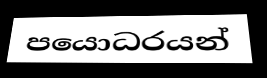
පයොධරයන්